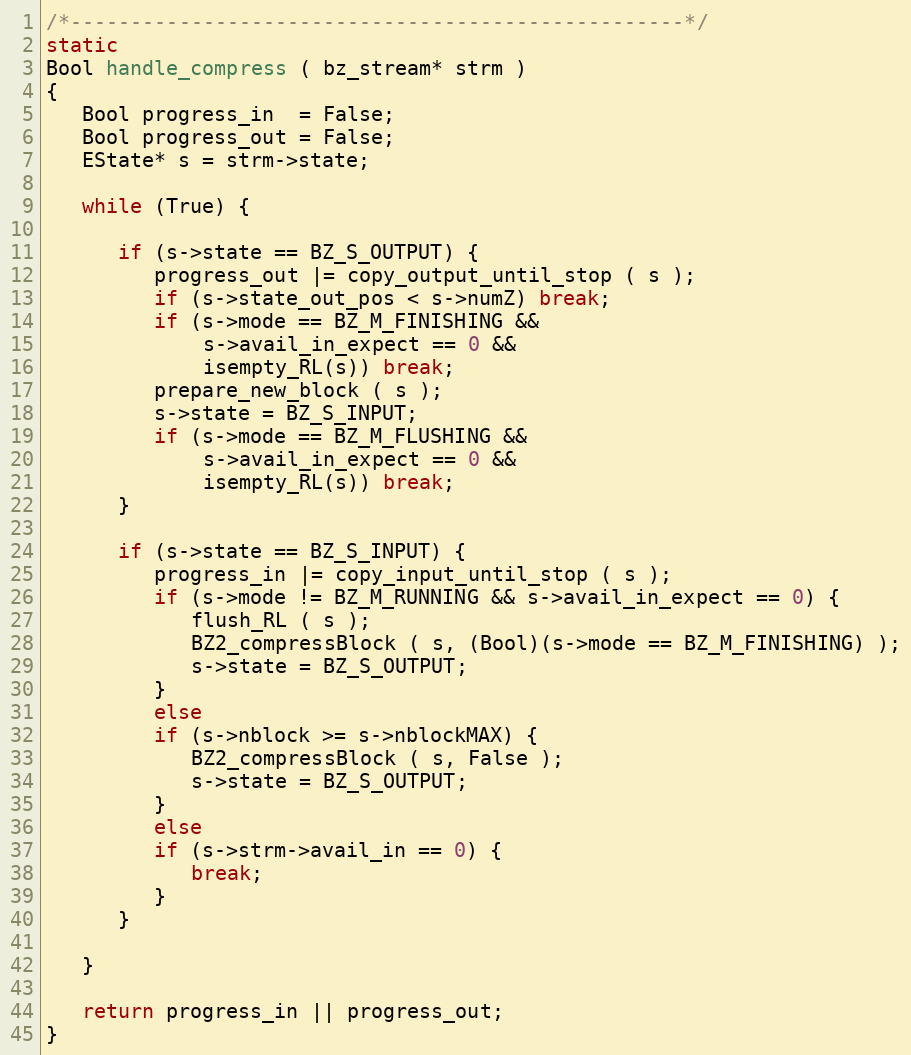
Language: C
/*---------------------------------------------------*/
static
Bool handle_compress ( bz_stream* strm )
{
   Bool progress_in  = False;
   Bool progress_out = False;
   EState* s = strm->state;

   while (True) {

      if (s->state == BZ_S_OUTPUT) {
         progress_out |= copy_output_until_stop ( s );
         if (s->state_out_pos < s->numZ) break;
         if (s->mode == BZ_M_FINISHING &&
             s->avail_in_expect == 0 &&
             isempty_RL(s)) break;
         prepare_new_block ( s );
         s->state = BZ_S_INPUT;
         if (s->mode == BZ_M_FLUSHING &&
             s->avail_in_expect == 0 &&
             isempty_RL(s)) break;
      }

      if (s->state == BZ_S_INPUT) {
         progress_in |= copy_input_until_stop ( s );
         if (s->mode != BZ_M_RUNNING && s->avail_in_expect == 0) {
            flush_RL ( s );
            BZ2_compressBlock ( s, (Bool)(s->mode == BZ_M_FINISHING) );
            s->state = BZ_S_OUTPUT;
         }
         else
         if (s->nblock >= s->nblockMAX) {
            BZ2_compressBlock ( s, False );
            s->state = BZ_S_OUTPUT;
         }
         else
         if (s->strm->avail_in == 0) {
            break;
         }
      }

   }

   return progress_in || progress_out;
}